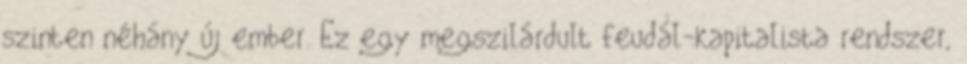
szinten néhány új ember. Ez egy megszilárdult feudál-kapitalista rendszer,